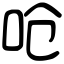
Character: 呛